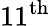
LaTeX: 11^{\mathrm{th}}